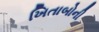
ખિતાબોની